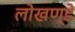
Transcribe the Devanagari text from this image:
लोखण्डे